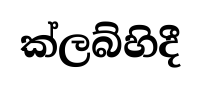
ක්ලබ්හිදී